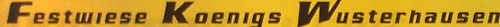
Festwiese Koenigs Wusterhausen